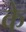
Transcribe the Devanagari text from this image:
के